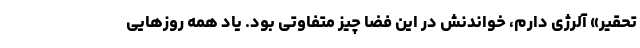
تحقیر» آلرژی دارم، خواندنش در این فضا چیز متفاوتی بود. یاد همه روزهایی